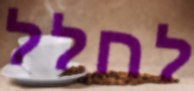
לחלל